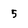
Character: 5